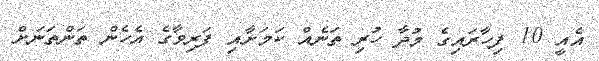
އެއީ 10 ފިހާރައިގެ މުދާ ހުރި ތަނެއް ކަމަށާއި ފަރިވާގެ އެހެން ތަންތަނަށް